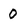
Character: 0